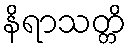
နိရာသတ္တိ